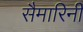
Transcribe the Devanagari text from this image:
सैमारिनी